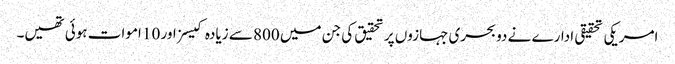
امریکی تحقیقی ادارے نے دو بحری جہازوں پر تحقیق کی جن میں 800 سے زیادہ کیسز اور 10 اموات ہوئی تھیں۔